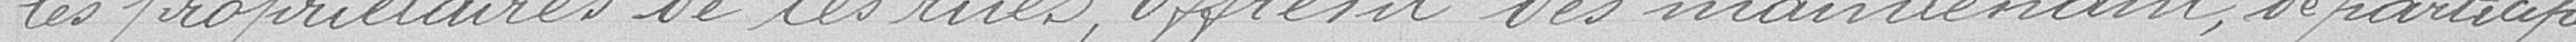
les propriétaires de ces rues, offrent dès maintenant , de participer